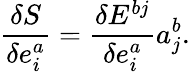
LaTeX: \frac{\delta S}{\delta e_{i}^{a}}=\frac{\delta E^{bj}}{\delta e_{i}^{a}}a_{j}^{b}.